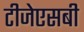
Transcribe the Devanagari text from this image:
टीजेएसबी